Medical and sanitary report of the native army of Bengal for the year
Year: 1876
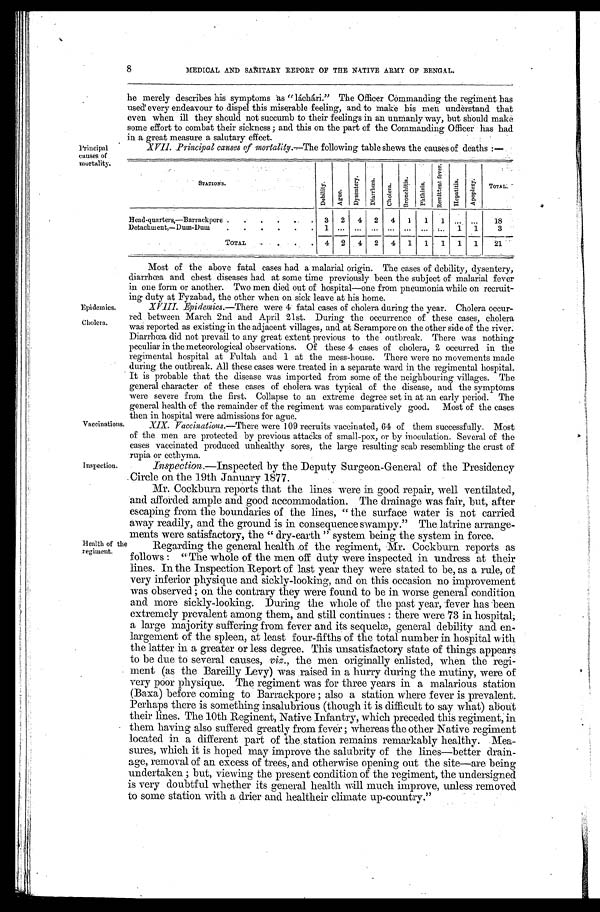
Principal
causes of
mortality.
Epidemics.
Cholera.
8
MEDICAL AND SANITARY REPORT OF THE NATIVE ARMY OF BENGAL.
he merely describes his symptoms as "láchári." The Officer Commanding the regiment has
used every endeavour to dispel this miserable feeling, and to make his men understand that
even when ill they should not succumb to their feelings in an unmanly way, but should make
some effort to combat their sickness ; and this on the part of the Commanding Officer has had
in a great measure a salutary effect.
XVII. Principal causes of mortality.— The following table shews the causes of deaths :—
S T A T I O N S
D e b i l i t y .
A g u e
.
D y s e n t e r y .
D i a r r h œ a .
C h o l e r a .
B r o n c h i t i s
.
P h t h i s i s
.
R e m i t t e n t f e v e r .
H e p a t i t i s .
A p o p l e x y .
TOTAL
Head-quarters,—Barrackpore ..
. . . .
. 3
2
4
2
4
1
1
1
. . .
. . .
18
Detachment,—Dum-Dum
.
.
.
.
.
.
1 ...
...
...
...
...
... .. .
1
1
3
TOTAL
.
.
4
2
4
2
4
1
1
1
1
1
21
Most of the above fatal cases had a malarial origin. The cases of debility, dysentery,
diarrhœa and chest diseases had at some time previously been the subject of malarial fever
in one form or another. Two men died out of hospital—one from pneumonia while on recruit-
ing duty at Fyzabad, the other when on sick leave at his home.
XVIII. Epidemics.—There were 4 fatal cases of cholera during the year. Cholera occur-
red between March 2nd and April 21st. During the occurrence of these cases, cholera
was reported as existing in the adjacent villages, and at Serampore on the other side of the river.
Diarrhœa did not prevail to any great extent previous to the outbreak. There was nothing
peculiar in the meteorological observations. Of these 4 cases of cholera, 2 occurred in the
regimental hospital at Fultah and 1 at the mess-house. There were no movements made
during the outbreak. All these cases were treated in a separate ward in the regimental hospital.
It is probable that the disease was imported from some of the neighbouring villages. The
general character of these cases of cholera was typical of the disease, and the symptoms
were severe from the first. Collapse to an extreme degree set in at an early period. The
general health of the remainder of the regiment was comparatively good. Most of the cases
then in hospital were admissions for ague.
Vaccinations.
Inspection.
XIX. Vaccinations.—There were 109 recruits vaccinated, 64 of them successfully. Most
of the men are protected by previous attacks of small-pox, or by inoculation. Several of the
cases vaccinated produced unhealthy sores, the large resulting scab resembling the crust of
rupia or ecthyma.
Inspection.—Inspected by the Deputy Surgeon-General of the Presidency
Circle on the 19th January 1877.
Health of the
regiment.
Mr. Cockburn reports that the lines were in good repair, well ventilated,
and afforded ample and good accommodation. The drainage was fair, but, after
escaping from the boundaries of the lines, " the surface water is not carried
away readily, and the ground is in consequence swampy." The latrine arrange-
ments were satisfactory, the " dry-earth " system being the system in force.
Regarding the general health of the regiment, Mr. Cockburn reports as
follows : " The whole of the men off duty were inspected in undress at their
lines. In the Inspection Report of last year they were stated to be, as a rule, of
very inferior physique and sickly-looking, and on this occasion no improvement
was observed ; on the contrary they were found to be in worse general condition
and more sickly-looking. During the whole of the past year, fever has been
extremely prevalent among them, and still continues : there were 73 in hospital;
a large majority suffering from fever and its sequelæ, general debility and en-
largement of the spleen, at least four-fifths of the total number in hospital with
the latter in a greater or less degree. This unsatisfactory state of things appears
to be due to several causes, viz., the men originally enlisted, when the regi-
ment (as the Bareilly Levy) was raised in a hurry during the mutiny, were of
very poor physique. The regiment was for three years in a malarious station
(Baxa) before coming to Barrackpore ; also a station where fever is prevalent.
Perhaps there is something insalubrious (though it is difficult to say what) about
their lines. The 10th Reginent, Native Infantry, which preceded this regiment, in
them having also suffered greatly from fever ; whereas the other Native regiment
located in a different part of the station remains remarkably healthy. Mea-
sures, which it is hoped may improve the salubrity of the lines—better drain-
age, removal of an excess of trees, and otherwise opening out the site—are being
undertaken ; but, viewing the present condition of the regiment, the undersigned
is very doubtful whether its general health will much improve, unless removed
to some station with a drier and healtheir climate up-country."